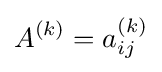
A^{(k)}={a_{ij}^{(k)}}